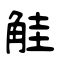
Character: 觟